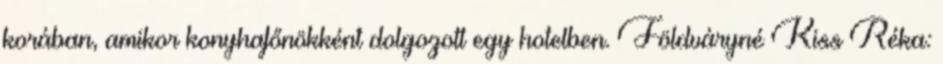
korában, amikor konyhafőnökként dolgozott egy hotelben. Földváryné Kiss Réka: